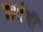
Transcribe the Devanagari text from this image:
कर्णगी